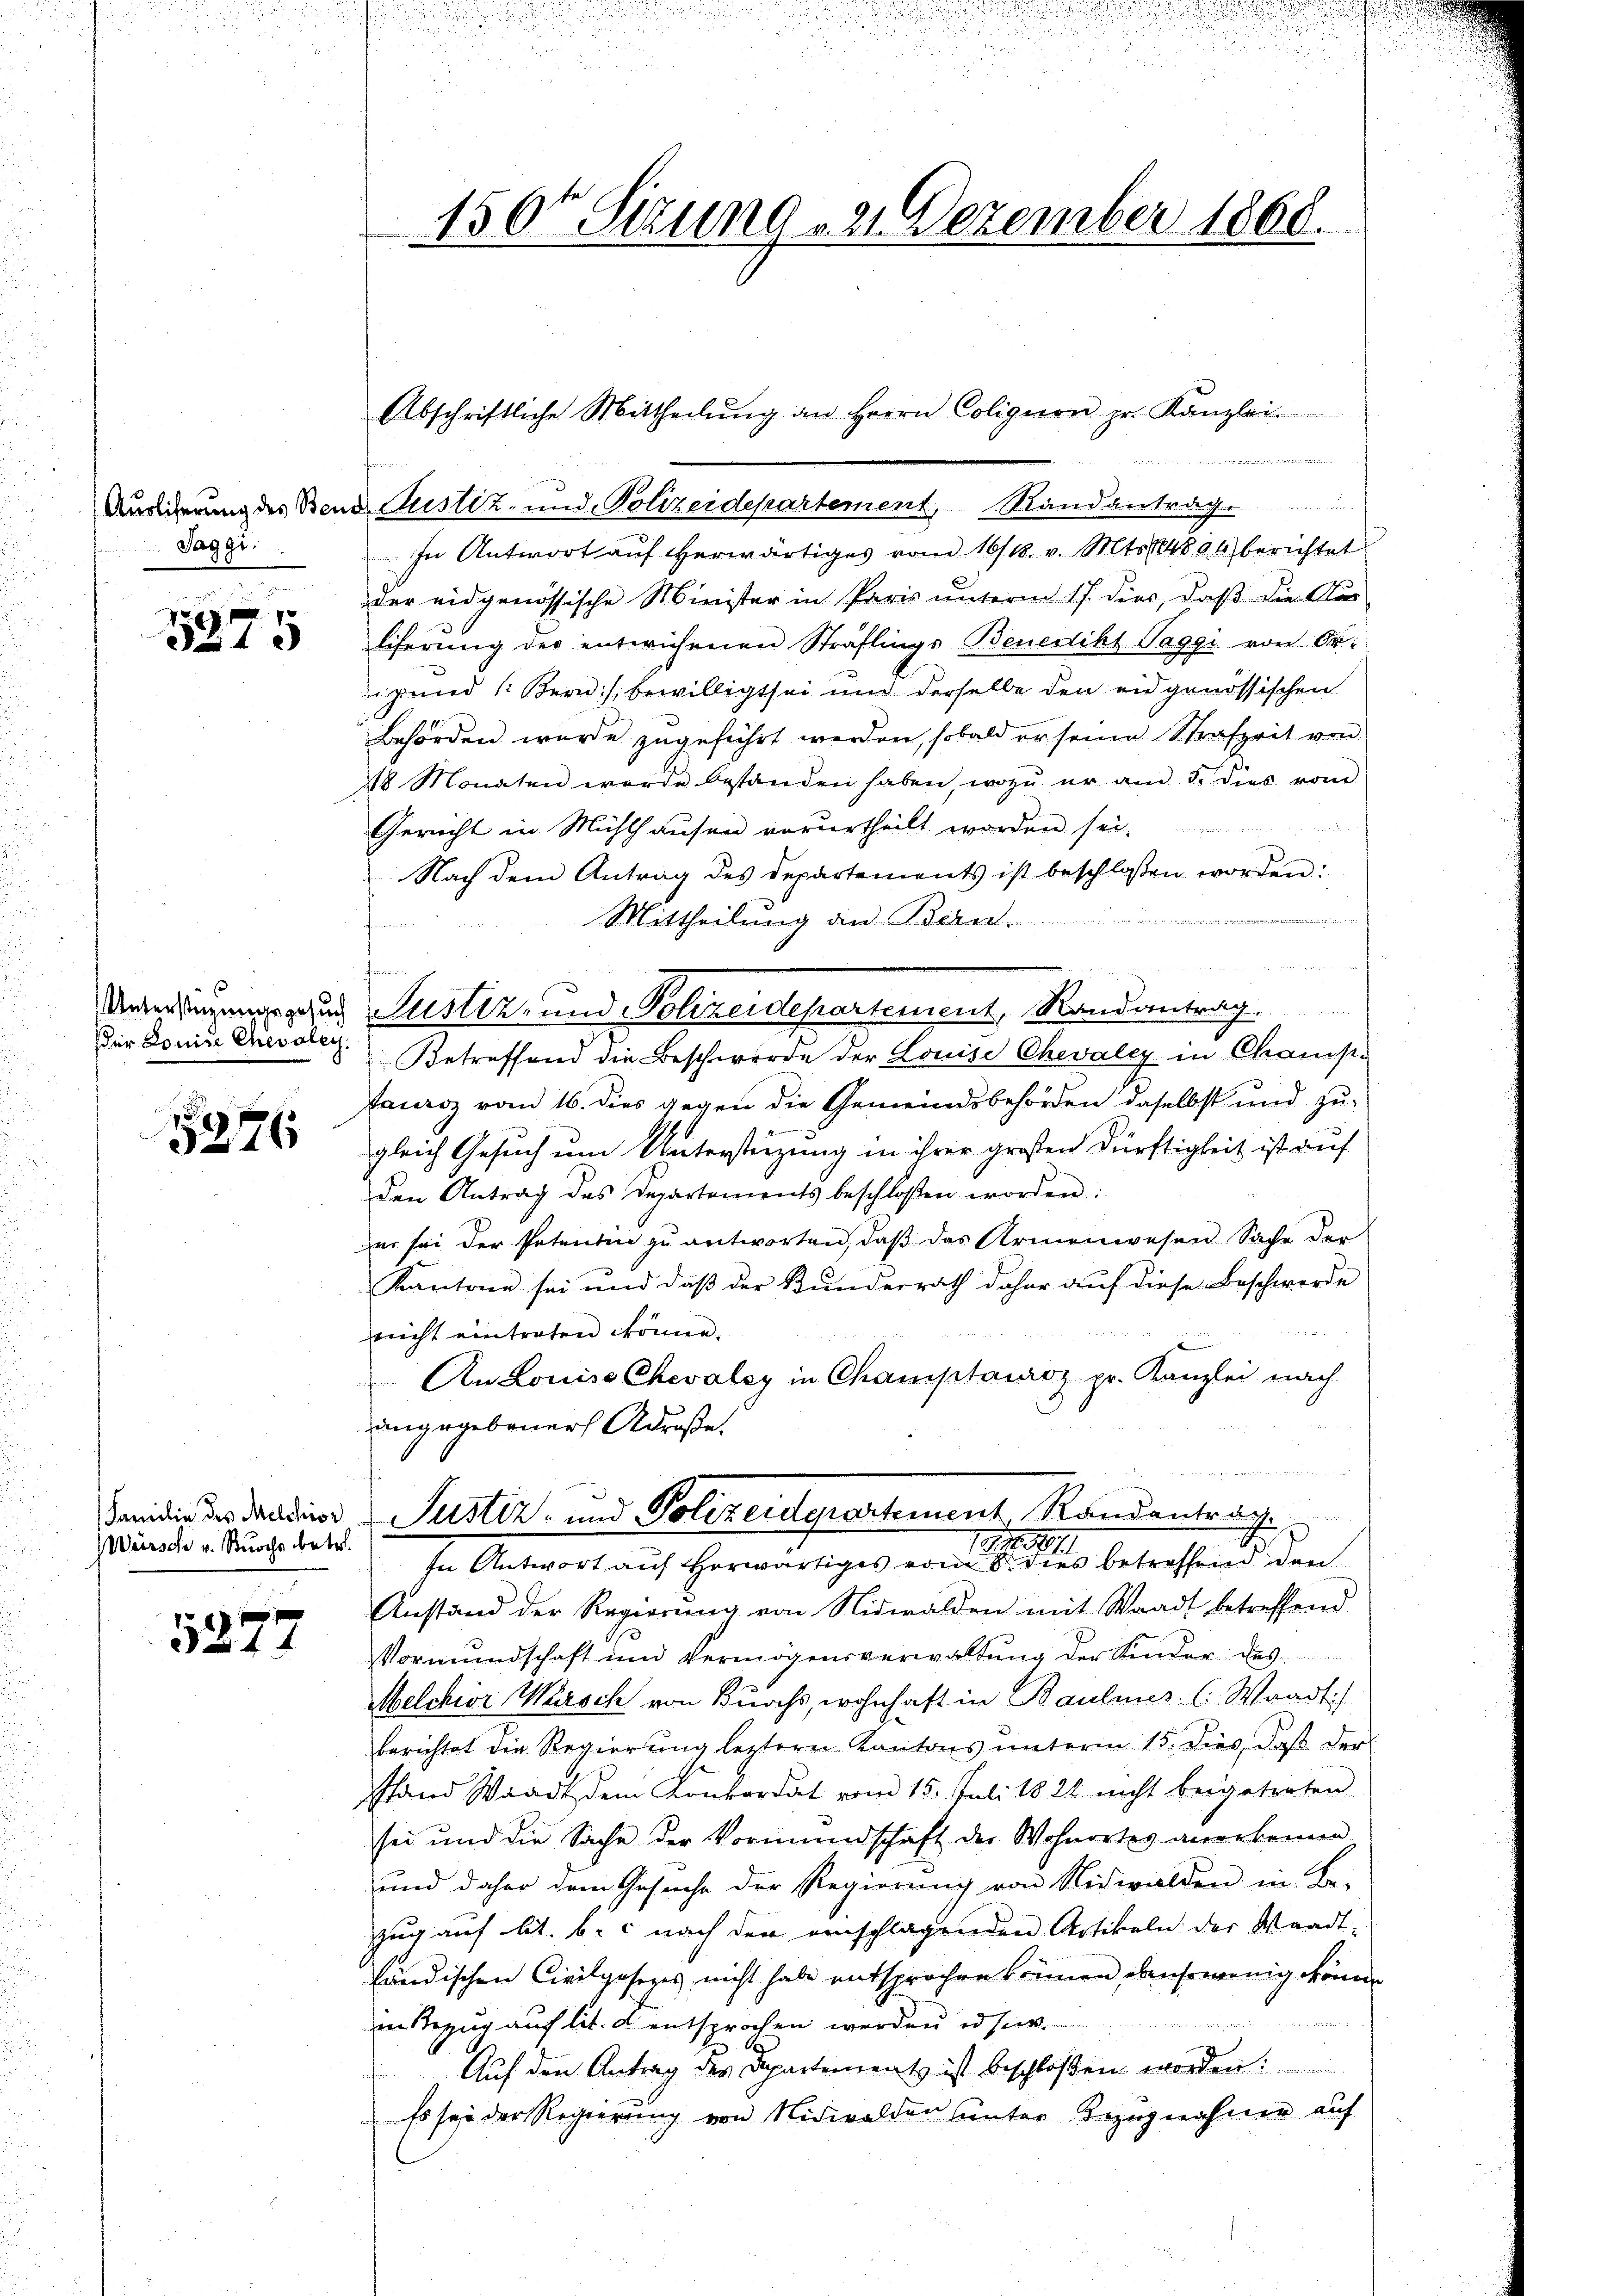
Saggi.

5275

der Louise Chevaley.

5276

Würsch v. Stuoche betr.

5277

Abschriftliche Mittheilŭng an Herrn Coligion pr. Kanzlei.

150te Sitzung 22. Dezember 1868.
.

Ausierung des Bend Justiz- und Polizeidepartement, Randantrag.
In Antwort aŭf erwärtiges vom 16/18. v. Mts. 184804 berichtet
der eidgenössische Minister in Paris unterm 17. dies, daß die Aus-
liferung der entwichenen Sträflings Benedikt Paggi von Or
gund Bern, bewilligt sei und derselbe den eidgenössischen
Behörden wurde zugeführt werden, sobald er seine Strafzeit von
28 Monaten werde bestanden haben, wozu er am 5. dies vom
2
Gericht in Mühlhausen vorurtheilt worden sei.
Nach dem Antrag des Departements ist beschlossen worden:
h
Mittheilung an Bern.
.
Unterdingungszeug Justiz- und Polizeidepartement, Randantrag.
Betreffend die Beschwerde der Louise Chevaley in Chansfaurz vom 16. dies gegen die Gemeindsbehörden daselbst und zugleich Gesuch um Unterstüzung in ihrer großen Dürftigkeit ist auf
den Antrag des Departements beschloßen worden:
er sei der Petentin zŭ antworten, daβ das Armenwesen Sache der
Kantone sei und daß der Bundesrath daher auf diese Beschwerde
nicht eintraten könne.
An Louise Chevalsy in Champtawroz pr. Kanzlei nach
eangegebener Adroße,

danidien des Tradier Justiz- und Polizeidepartement Randentrag
17 18101
In Antwort auf Horwärtiges vom 8. dies betreffend den

Anstand der Regierŭng von Nidwalden mit Waadt betreffend
Vormundschaft und Vermögensverwaltŭng der Kinder des
Melchior Warsch von Buochs, wohnhaft in Baulines C. Waadt)
berichtet die Regierŭng letzterer Kantons ŭnterm 15. dies, daβ der
Pfand Waadt dem Konkordat vom 15. Juli 1822. nicht beigetreten
sei und die Sache der Vormundschaft der Wohnortes anerkennen
und daher dem Gesŭche der Regierŭng von Nidwalden in Be-
zug auf lit. b. nach der einschlagenden Artikeln der Waadt
händischen Civilgesezes, nicht habe entsprochen können, ebensowenig können
in Bezug auf lit. d entsprochen werden ad sei.
Auf den Antrag des Departements ist beschlossen worden:
Es sei der Regierung von Nidwalden unter Bezugnahmer auf